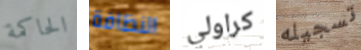
الحاكمة النظافة كراولي تسجيله